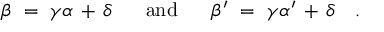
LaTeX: \beta ~ = ~ \gamma \alpha \, + \, \delta ~ ~ ~ ~ ~ \mathrm { a n d } ~ ~ ~ ~ ~ \beta ^ { \prime } ~ = ~ \gamma \alpha ^ { \prime } \, + \, \delta ~ ~ ~ .